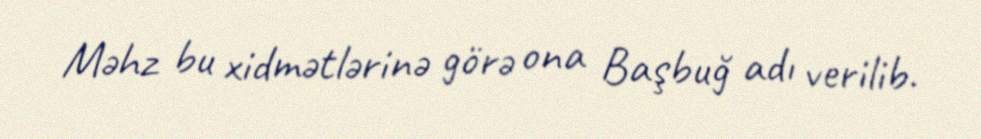
Məhz bu xidmətlərinə görə ona Başbuğ adı verilib.